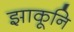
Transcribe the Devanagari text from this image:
झाकूनि